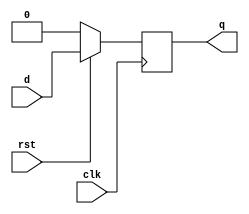
`timescale 1s/1ns



module d_synch(input d,clk,rst,output reg q);


always@(posedge clk)
begin
if(!rst)
q<=0;
else
q<=d;

end
endmodule